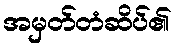
အမှတ်တံဆိပ်၏